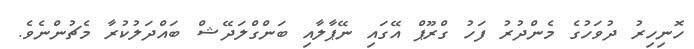
ހޮނިހިރު ދުވަހުގެ މެންދުރު ފަހު ގްރޫޕް އޭގައި ނޭޕާލާއި ބަންގްލަދޭޝް ބައްދަލުކުރާ މެޗުންނެވެ.